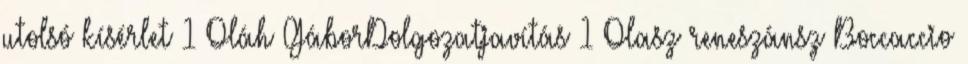
utolsó kísérlet 1 Oláh GáborDolgozatjavítás 1 Olasz reneszánsz Boccaccio